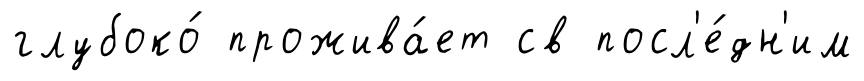
глубоко́ прожива́ет св посл'е́дн'им